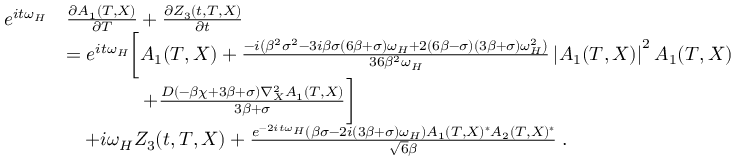
\begin{array} { r l } { e ^ { i t \omega _ { H } } } & { \frac { \partial A _ { 1 } ( T , X ) } { \partial T } + \frac { \partial Z _ { 3 } ( t , T , X ) } { \partial t } } \\ & { = e ^ { i t \omega _ { H } } \bigg [ A _ { 1 } ( T , X ) + \frac { - i \left( \beta ^ { 2 } \sigma ^ { 2 } - 3 i \beta \sigma ( 6 \beta + \sigma ) \omega _ { H } + 2 ( 6 \beta - \sigma ) ( 3 \beta + \sigma ) \omega _ { H } ^ { 2 } \right) } { 3 6 \beta ^ { 2 } \omega _ { H } } \left| A _ { 1 } ( T , X ) \right| ^ { 2 } A _ { 1 } ( T , X ) } \\ & { \qquad \qquad + \frac { D ( - \beta \chi + 3 \beta + \sigma ) \nabla _ { X } ^ { 2 } A _ { 1 } ( T , X ) } { 3 \beta + \sigma } \bigg ] } \\ & { \quad + i \omega _ { H } Z _ { 3 } ( t , T , X ) + \frac { e ^ { - 2 i t \omega _ { H } } \left( \beta \sigma - 2 i ( 3 \beta + \sigma ) \omega _ { H } \right) A _ { 1 } ( T , X ) ^ { * } A _ { 2 } ( T , X ) ^ { * } } { \sqrt { 6 } \beta } \; . } \end{array}